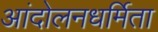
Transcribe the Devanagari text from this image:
आंदोलनधर्मिता